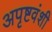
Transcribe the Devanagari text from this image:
अपृष्टवंशी